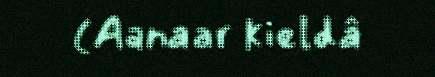
(Aanaar kieldâ